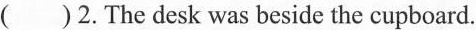
()2.The desk was beside the cupboard.